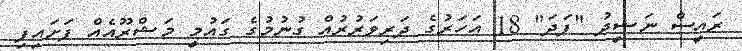
ރައީސް ނަޝީދު "ފަދަ" 18 އަހަރުގެ ދަރިވަރުރުއް ގުނުމުގެ ގައުމީ މަޝްރޫއެއް ފަށައިފި